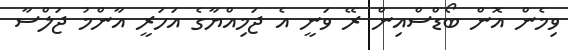
ވިމެން އޮން ބޯޑްސްއިން ރޭ ވަނީ އެ ޖަމިއްޔާގެ އަހަރީ އާންމު ޖަލްސާ